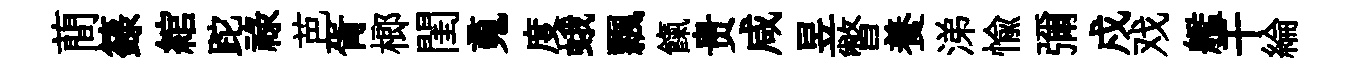
蕳籙綰跎祿芭胥榔閨䰟度蛾飄餼贵咸昱瞥養涕愉彌戍戏艦干綸